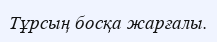
Тұрсың босқа жарғалы.